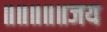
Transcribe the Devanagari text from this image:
॥॥॥॥॥जय